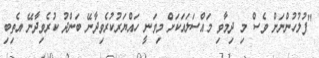
"ފުލުހުންނަށް ވެސް މި ދިމާވި މައްސަލައަކަށް މިވަނީ ހައްޔަރުކުރެވިދާނޭ ބަންދު ކުރެވިދާނޭ އެތިބި